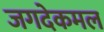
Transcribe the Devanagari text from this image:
जगदेकमल